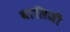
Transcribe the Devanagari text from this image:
बालिजी